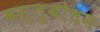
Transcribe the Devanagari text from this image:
वस्तुबोधन